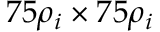
7 5 \rho _ { i } \times 7 5 \rho _ { i }